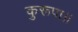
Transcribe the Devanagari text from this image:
कुरूपा।।